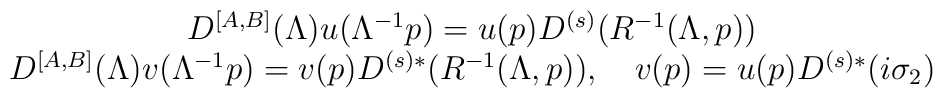
\begin{array}{c}D^{\left[ A,B\right] }(\Lambda )u(\Lambda ^{-1}p)=u(p)D^{\left( s\right)}(R^{-1}(\Lambda ,p)) \\ D^{\left[ A,B\right] }(\Lambda )v(\Lambda ^{-1}p)=v(p)D^{\left( s\right)*}(R^{-1}(\Lambda ,p)),\quad v(p)=u(p)D^{\left( s\right) *}(i\sigma _{2})\end{array}\,\,\,\,\,\,